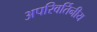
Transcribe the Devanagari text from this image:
अपरिवर्तिनीय